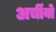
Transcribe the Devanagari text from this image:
अर्चीवो